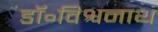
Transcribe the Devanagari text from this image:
डॉ॰विश्वनाथ